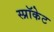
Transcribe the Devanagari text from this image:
स्प्रॉकेट